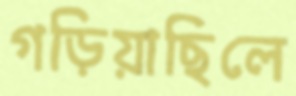
গড়িয়াছিলে